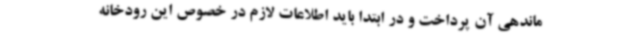
ماندهی آن پرداخت و در ابتدا باید اطلاعات لازم در خصوص این رودخانه